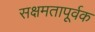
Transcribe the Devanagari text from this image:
सक्षमतापूर्वक